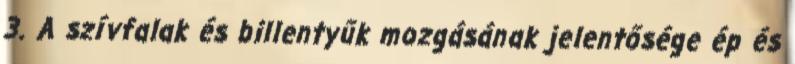
3. A szívfalak és billentyűk mozgásának jelentősége ép és